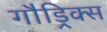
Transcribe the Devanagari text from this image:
गौड्रिक्स